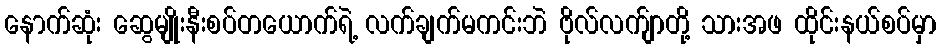
နောက်ဆုံး ဆွေမျိုးနီးစပ်တယောက်ရဲ့ လက်ချက်မကင်းဘဲ ဗိုလ်လက်ျာတို့ သားအဖ ထိုင်းနယ်စပ်မှာ